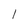
Character: 1